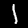
Label: 1